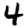
Digit: 4